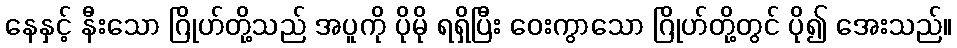
နေနှင့် နီးသော ဂြိုဟ်တို့သည် အပူကို ပိုမို ရရှိပြီး ဝေးကွာသော ဂြိုဟ်တို့တွင် ပို၍ အေးသည်။